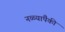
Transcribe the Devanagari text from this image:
नळ्यांपैकी